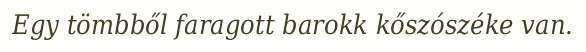
Egy tömbből faragott barokk kőszószéke van.